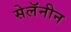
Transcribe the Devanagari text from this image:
सेलॅनीन